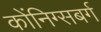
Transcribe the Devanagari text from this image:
कोंनिग्सबर्ग